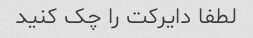
لطفا دایرکت را چک کنید